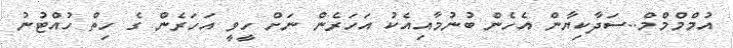
އުމްމްމްމް..ސަދާކިޔާން އެހެން ބުނުމާއިއެކު އަހަރެން ނަށް ހީވީ އަހަރެން ގެ ހިތް ހުއްޓުނު